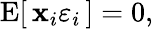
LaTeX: \operatorname{E}[\, \mathbf{x}_{i}\varepsilon_{i}\, ]=0,